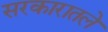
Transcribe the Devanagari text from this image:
सरकारातले